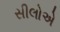
સીલોએ